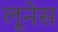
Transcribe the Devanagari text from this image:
लूनेस